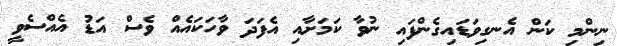
ނިންމި ކަން އެނގިވަޑައިގެންފައި ނުވާ ކަމަށާއި އެފަދަ ވާހަކައެއް ވެސް އަޑު އެއްސެވީ